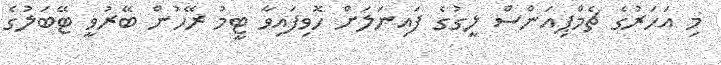
މި އަހަރުގެ ޗެމްޕިއަންސް ލީގުގެ ފައިނަލަށް ހޮވިފައިވާ ޓީމު ރޭހުން ބޭރުވީ ޓޭބަލުގެ